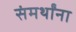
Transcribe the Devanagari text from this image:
संमर्थांना